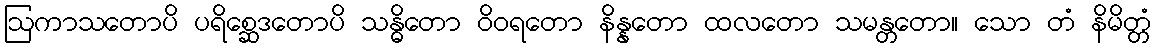
ဩကာသတောပိ ပရိစ္ဆေဒတောပိ သန္ဓိတော ဝိဝရတော နိန္နတော ထလတော သမန္တတော။ သော တံ နိမိတ္တံ